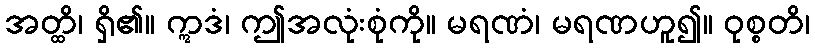
အတ္ထိ၊ ရှိ၏။ ဣဒံ၊ ဤအလုံးစုံကို။ မရဏံ၊ မရဏဟူ၍။ ဝုစ္စတိ၊